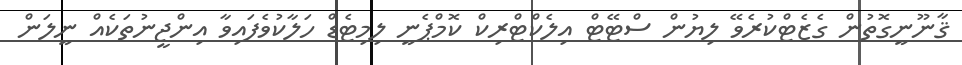
ޤާނޫނީގޮތުން ގެޒެޓްކުރެވޭ ލިޔުން ސްޓޭޓް އިލެކްޓްރިކް ކޮމްޕެނީ ލިމިޓެޑް ހަލާކުވެފައިވާ އިންޖީނުތަކެއް ނީލަން